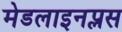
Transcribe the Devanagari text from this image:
मेडलाइनप्लस